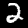
Digit: 2